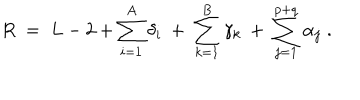
R \; = \; L - 2 + \sum _ { i = 1 } ^ { A } \delta _ { i } \: + \: \sum _ { k = 1 } ^ { B } \gamma _ { k } \: + \: \sum _ { j = 1 } ^ { p + q } \alpha _ { j } \; .